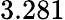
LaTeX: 3.281